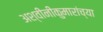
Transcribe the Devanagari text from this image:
अश्वीनीकुमारांच्या